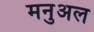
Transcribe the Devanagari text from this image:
मनुअल